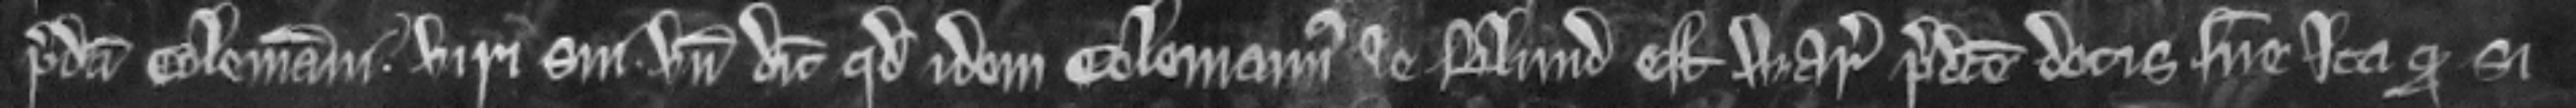
predicti Colemanni viri sui. Unde dicit quod idem Colemannus le Blund est warantus predicte dotissue ita quod si